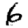
Digit: 6